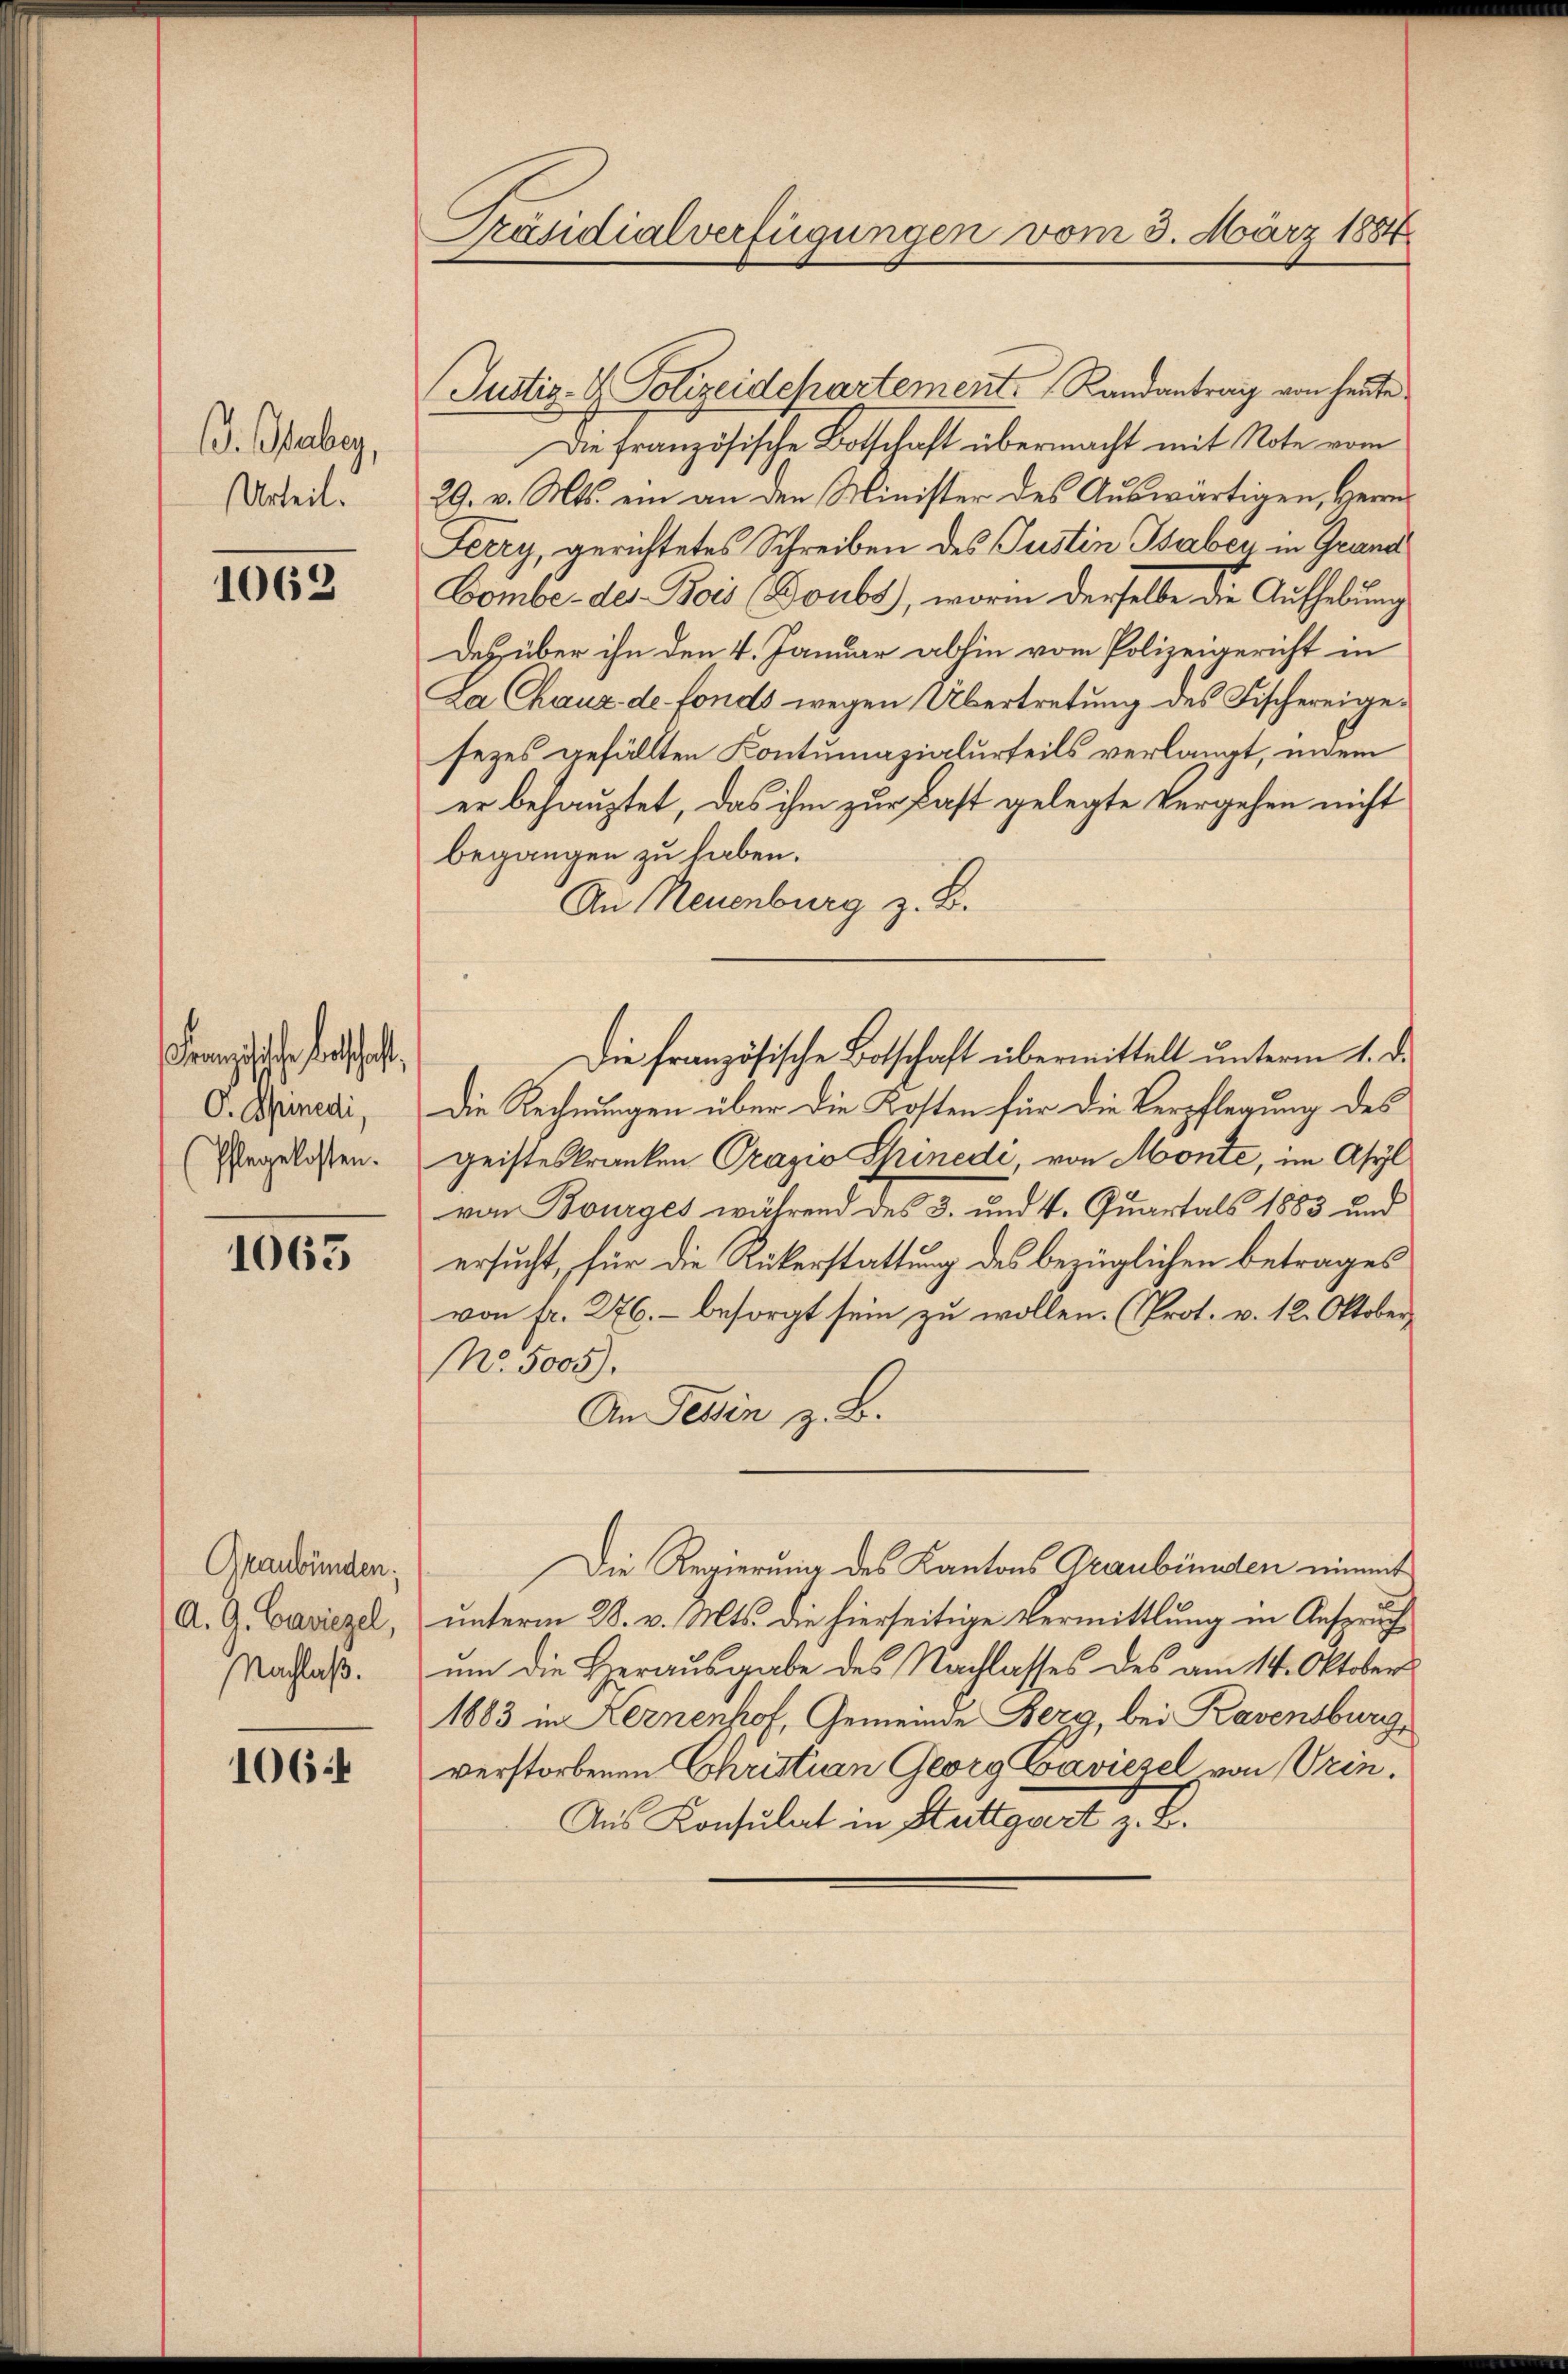
B. Weber,
Urteil.

1062

anische abschaft,
O. Spinedi,
(Pflegelossen.

1063

Graubünden.
A. G. Caviezel,
Nachlaß.

1064

Präsidialverfügungen vom 3. März 1884

Justiz- & Polizeidepartement. Randantrag von heute
Die französische Botschaft übermacht mit Note vom
29. v. Mts. ein an den Minister des Auswärtigen, Herrn
Ferry, gerichtetes Schreiben des Justin Taber in Grund
Comber des Bois (Boubs), worin derselbe die Aufhebung
Des über ihn den 4. Januar abhin vom Polizeigericht in
La Chaux de fonds wegen Übertretung des Fischereigesezes gefällten Kontumazialurteils verlangt, indem
er behauptet, das ihm zur Fast gelegte Vergehen nicht
begangen zu haben.
Au Neuenburg z. B.
Die Rechnungen über die Kosten für die Verpflegung des
geisteskranken Prazio Spinede, von Monte, im Asyl
von Bourges während des 3. und 4. Quartals 1883 und
ersucht, für die Rükerstattung des bezüglichen betrages
von fr. 276.- besorgt sein zŭ wollen. (Prot. v. 12. Oktober
No. 5005).
An Tessin z. B.
Die Regierung des Kantons Graubünden nimmt
unterm 28. v. Mts. die hierseitige Vermittlung in Anspruchum die Herausgabe des Nachlasses des am 14. Oktober
1883 in Fernenhof, Gemeinde Berg, bei Ravensburg,
verstorbenen Christian Georg Baviezel von Urin.
Aus Konsulat in Stuttgart z. B.

Die französische Botschaft übermittelt unterm 1. d.